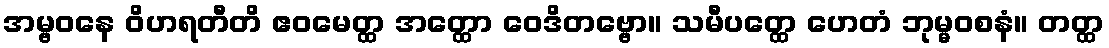
အမ္ဗဝနေ ဝိဟရတီတိ ဧဝမေတ္ထ အတ္ထော ဝေဒိတဗ္ဗော။ သမီပတ္ထေ ဟေတံ ဘုမ္မဝစနံ။ တတ္ထ